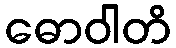
ဓောဝါတိ